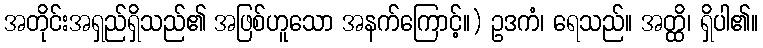
အတိုင်းအရှည်ရှိသည်၏ အဖြစ်ဟူသော အနက်ကြောင့်။) ဥဒကံ၊ ရေသည်။ အတ္ထိ၊ ရှိပါ၏။